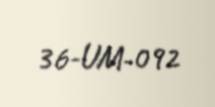
36-UM-092